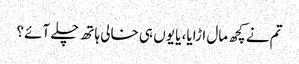
تم نے کچھ مال اڑایا، یا یوں ہی خالی ہاتھ چلے آئے؟